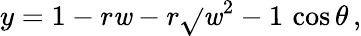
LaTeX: y=1-r\mathit{w}-r\sqrt{}{{\mathit{w}^{2}-1}}\, \cos\theta\, ,